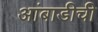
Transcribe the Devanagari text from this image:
आंबाडीची